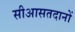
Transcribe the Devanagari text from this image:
सीआसतदानों